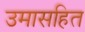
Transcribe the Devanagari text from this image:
उमासहित